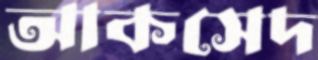
আকসেদ